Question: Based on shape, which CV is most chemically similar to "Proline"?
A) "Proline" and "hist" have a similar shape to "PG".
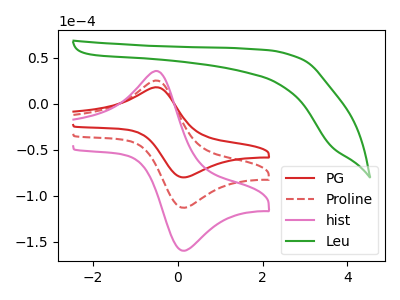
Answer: <think>The red curve "PG" has an anodic peak at (-0.45V, 17.40uA) and a cathodic peak at (0.15V, -80.20uA). The red dashed curve "Proline" has an anodic peak at (-0.45V, 24.60uA) and a cathodic peak at (0.15V, -113.25uA). The pink curve "hist" has an anodic peak at (-0.45V, 49.15uA) and a cathodic peak at (0.15V, -226.50uA). The green curve "Leu" has no peaks.
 All the peaks in "PG" have a peak in "Proline" at the same potential. Every peak in "PG" is lower than every peak in "Proline". All the peaks in "PG" have a peak in "hist" at the same potential. Every peak in "PG" is lower than every peak in "hist". "PG" and "Leu" have a different number of peaks. All the peaks in "Proline" have a peak in "hist" at the same potential. Every peak in "Proline" is lower than every peak in "hist". "Proline" and "Leu" have a different number of peaks. "hist" and "Leu" have a different number of peaks.</think>
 <answer>A) "Proline" and "hist" have a similar shape to "PG".</answer>
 <eval>A</eval>